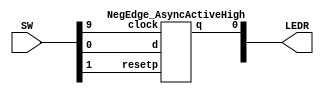
`timescale 1ns / 1ps
`default_nettype none

module top(SW, LEDR); 
	input[9:0]SW;
	output[9:0]LEDR;

	NegEdge_AsyncActiveHigh u0(SW[0], SW[9], SW[1], LEDR[0]);

endmodule

module NegEdge_AsyncActiveHigh(d, clock, resetp, q);
    input d, clock, resetp;
    output reg q;
	 
    always@(negedge clock, posedge resetp) 
        begin
            if (resetp == 1'b1)
                q <= 0; 
            else
                q <= d;
        end
endmodule